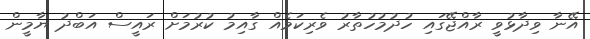
އޭނާ ވިދާޅުވީ ރާއްޖޭގައި ހުދުމުހުތާރު ވެރިކަމެއް ގާއިމު ކުރުމަށް ރައީސް އަބްދު ޔާމީން